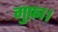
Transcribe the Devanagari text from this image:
गुफ़ा।